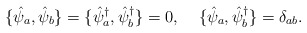
\begin{align*}\{\hat{\psi}_a,\hat{\psi}_b\} =\{\hat{\psi}^{\dagger}_a,\hat{\psi}^{\dagger}_b\} =0, \;\;\;\;\{\hat{\psi}_a,\hat{\psi}^{\dagger}_b\} =\delta_{ab}.\end{align*}